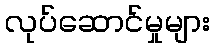
လုပ်ဆောင်မှုများ